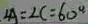
\angle A = \angle C = 6 0 ^ { \circ }